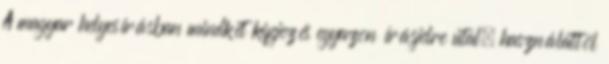
A magyar helyesírásban mindkét kifejezés egyazon írásjelre utal; használattól